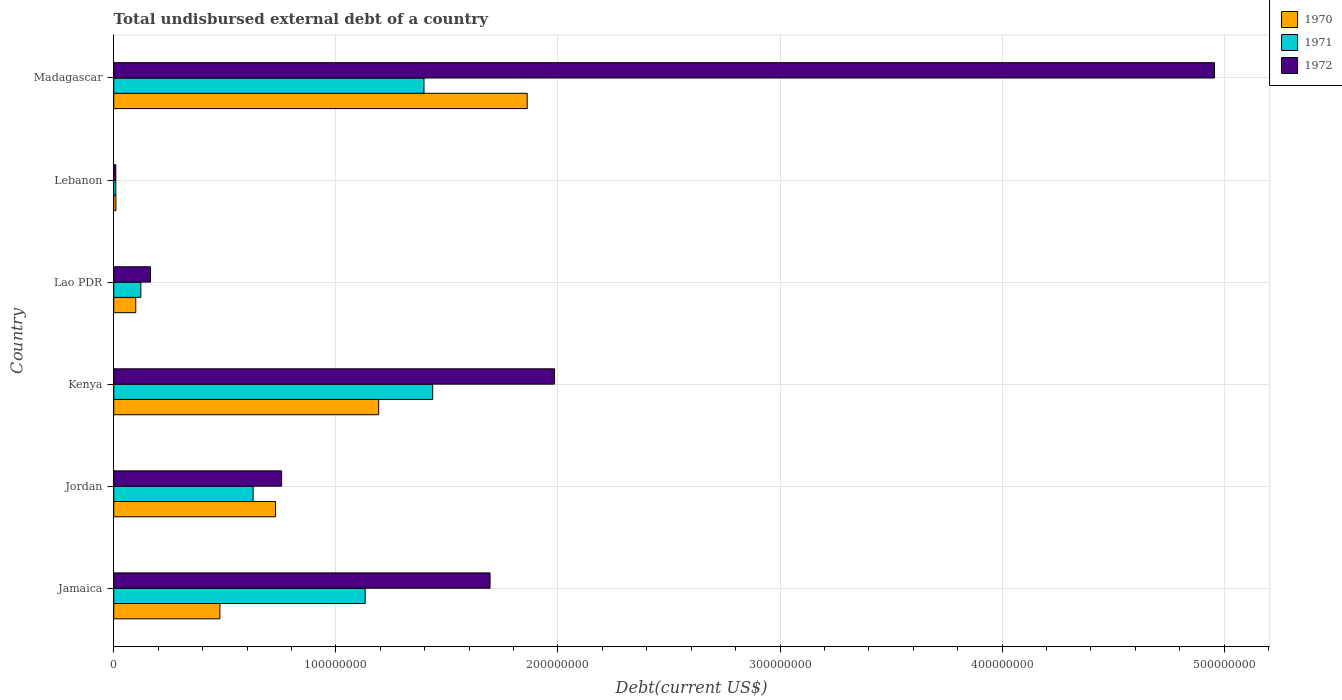
| Country | 1970 | 1971 | 1972 |
 | --- | --- | --- | --- |
 | Jamaica | 4.78e+07 | 1.13e+08 | 1.69e+08 |
 | Jordan | 7.28e+07 | 6.28e+07 | 7.56e+07 |
 | Kenya | 1.19e+08 | 1.44e+08 | 1.98e+08 |
 | Lao PDR | 9.92e+06 | 1.22e+07 | 1.65e+07 |
 | Lebanon | 9.8e+05 | 9.32e+05 | 9.32e+05 |
 | Madagascar | 1.86e+08 | 1.4e+08 | 4.96e+08 |